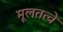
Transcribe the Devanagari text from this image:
मूलतत्वे